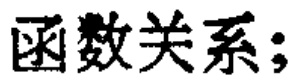
函数关系;